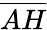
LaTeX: \overline{{AH}}